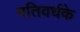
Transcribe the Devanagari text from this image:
गतिवर्धके